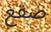
صقع